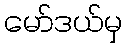
မော်ဒယ်မှ